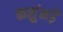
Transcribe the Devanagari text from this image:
कसुंभड़े